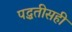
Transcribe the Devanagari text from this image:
पद्धतीसही